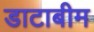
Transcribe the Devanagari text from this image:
डाटाबीम